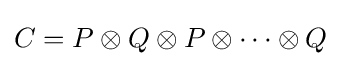
C=P\otimes Q\otimes P\otimes \dots \otimes Q